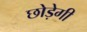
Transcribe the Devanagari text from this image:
छोड़ेगी